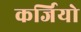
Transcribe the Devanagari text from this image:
कर्जियो